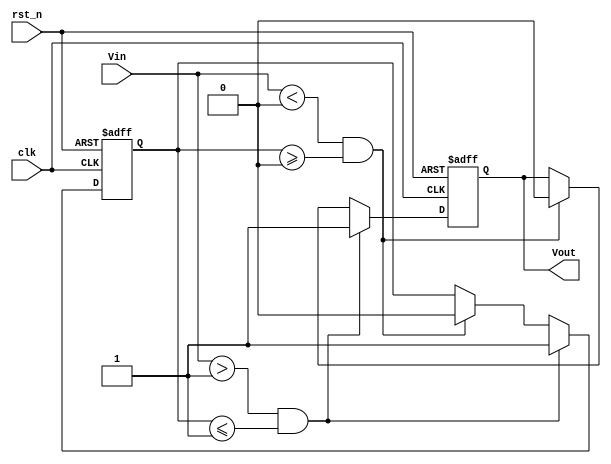
module schmitt_trigger_edge_detector (
    input wire clk,           // Clock signal for synchronizing the state changes
    input wire rst_n,        // Active low reset signal
    input wire Vin,          // Input signal to be monitored
    output reg Vout          // Output signal for edge detection
);
    // Parameters for threshold levels
    parameter Vth_high = 1;     // Define the high threshold
    parameter Vth_low = 0;      // Define the low threshold

    // State variable to hold the last detected state
    reg last_state;

    // Synchronous process for edge detection
    always @(posedge clk or negedge rst_n) begin
        if (!rst_n) begin
            // On reset, initialize output and last_state
            Vout <= 0;
            last_state <= 0;
        end else begin
            // Edge detection logic
            if (Vin > Vth_high && last_state <= Vth_high) begin
                // Rising edge detected
                Vout <= 1;
                last_state <= 1;  // Update last state
            end else if (Vin < Vth_low && last_state >= Vth_low) begin
                // Falling edge detected
                Vout <= 0;
                last_state <= 0;  // Update last state
            end
            // If within hysteresis region, do not change the output
        end
    end

endmodule